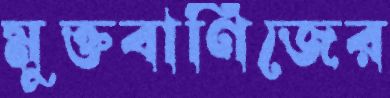
মুক্তবাণিজের